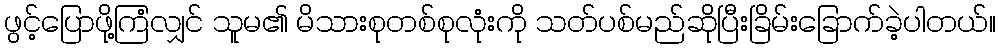
ဖွင့်ပြောဖို့ကြံလျှင် သူမ၏ မိသားစုတစ်စုလုံးကို သတ်ပစ်မည်ဆိုပြီးခြိမ်းခြောက်ခဲ့ပါတယ်။